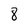
Character: 8